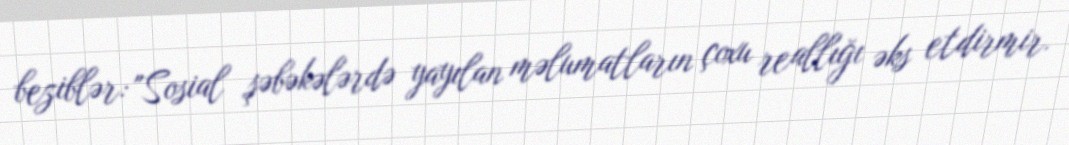
beziblər: "Sosial şəbəkələrdə yayılan məlumatların çoxu reallığı əks etdirmir.